Leaving Certificate, 1899
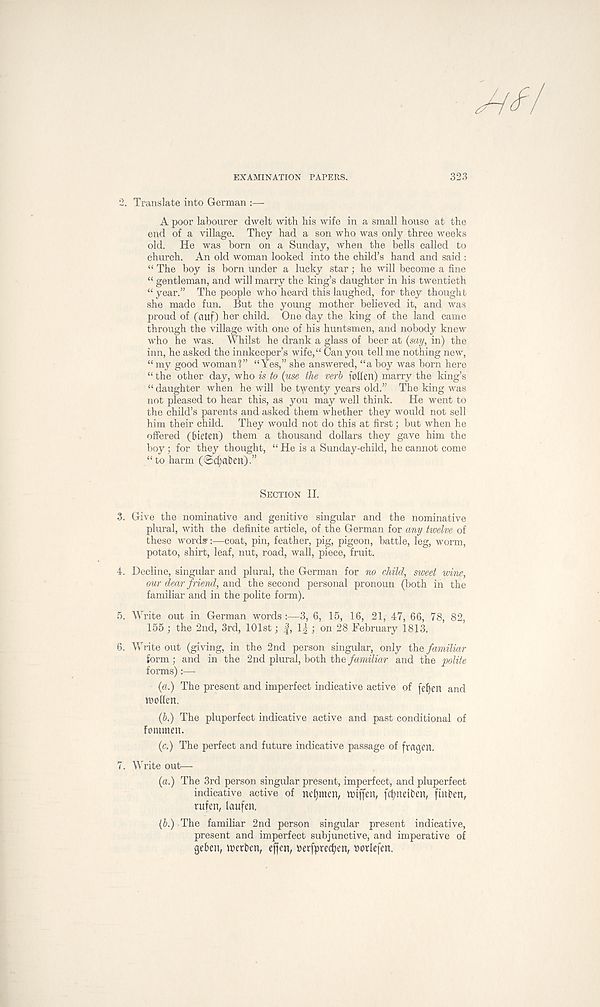
EXAMINATION PAPERS.
323
2.
Translate into German :—
A poor labourer dwelt with his wife in a small house at the
end of a village. They had a son who was only three weeks
old. He was horn on a Sunday, when the bells called to
church. An old woman looked into the child’s hand and said :
“ The boy is born under a lucky star; he will become a fine
“ gentleman, and will marry the king’s daughter in his twentieth
“ year.” The people who heard this laughed, for they thought
she made fun. But the young mother believed it, and was
proud of (ciuf) her child. One day the king of the land came
through the village with one of his huntsmen, and nobody knew
who he was. Whilst he drank a glass of beer at (say, in) the
inn, he asked the innkeeper’s wife,“ Can you tell me nothing new,
“my good woman?” “Yes,” she answered, “a boy was born here
“ the other day, who is to (use the verb fohen) marry the king’s
“ daughter when he will be twenty years old.” The king was
not pleased to hear this, as you may well think.
He went to
the child’s parents and asked them whether they would not sell
him their child. They would not do this at first; but when he
offered (fueten) them a thousand dollars they gave him the
boy; for they thought, “ He is a Sunday-child, he cannot come
“to harm (©cfydben) ”
SECTION II.
3. Give the nominative and genitive singular and the nominative
plural, with the definite article, of the German for any twelve of
these words':—coat, pin, feather, pig, pigeon, battle, leg, worm,
potato, shirt, leaf, nut, road, wall, piece, fruit.
4. Decline, singular and plural, the German for no child, sweet wine,
our dear friend, and the second personal pronoun (both in the
familiar and in the polite form).
5. Write out in German words :—3, 6, 15, 16, 21, 47, 66, 78, 82,
155 ; the 2nd, 3rd, 101st; f, 1| ; on 28 February 1813.
6. Write out (giving, in the 2nd person singular, only th.e> familiar
form ; and in the 2nd plural, both the familiar and the polite
forms) :—
(a.) The present and imperfect indicative active of fefjett and
ipoflen.
(6.) The pluperfect indicative active and past conditional of
fommen.
(c.) The perfect and future indicative passage of fragen.
7. Write out—-
(a.) The 3rd person singular present, imperfect, and pluperfect
indicative active of nt'f)men, ttuffeii, fdpieiben, fatten,
rufen, laufen,
(b.) The familiar 2nd person singular present indicative,
present and imperfect subjunctive, and imperative of
geben, inerben, ejjen, Perfptecfyen, porlefen.